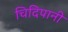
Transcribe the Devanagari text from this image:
चिदिपानी